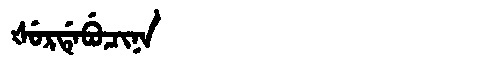
Manchu: ᡧᡠᡵᡩᡝᠪᡠᠴᡳᠨᠠ
Romanization: ŠURDEBUCINA